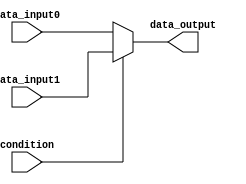
module conditional_assign (
    input wire condition,
    input wire data_input0,
    input wire data_input1,
    output reg data_output
);

always @*
begin
    if (condition)
        data_output = data_input1;
    else
        data_output = data_input0;
end

endmodule